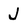
Character: J